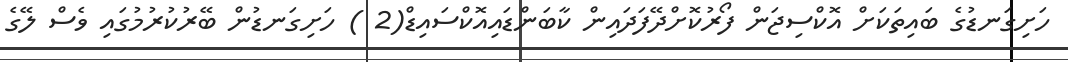
ހަށިގަނޑުގެ ބައިތަކަށް އޮކްސިޖަން ފޯރުކޮށްދޭފަދައިން ކާބަންޑައިއޮކްސައިޑް(2 ) ހަށިގަނޑުން ބޭރުކުރުމުގައި ވެސް ލޭގެ